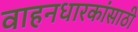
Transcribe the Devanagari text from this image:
वाहनधारकांसाठी